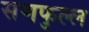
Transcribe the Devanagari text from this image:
सणफुल्ल